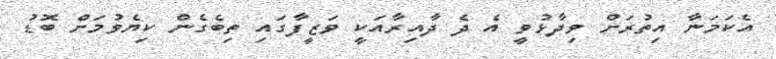
އެކަމަނާ އިތުރަށް ވިދާޅުވީ އެ ދެ ދާއިރާއަކީ ވަޒީފާގައި ތިބެގެން ކިޔެވުމަށް ބޮޑު